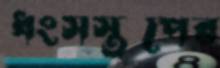
ধংসস্তূপের